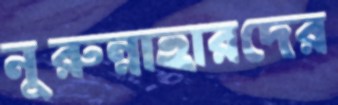
নুরুন্নাহারদের